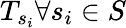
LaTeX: T_{s_{i}}\forall s_{i}\in S